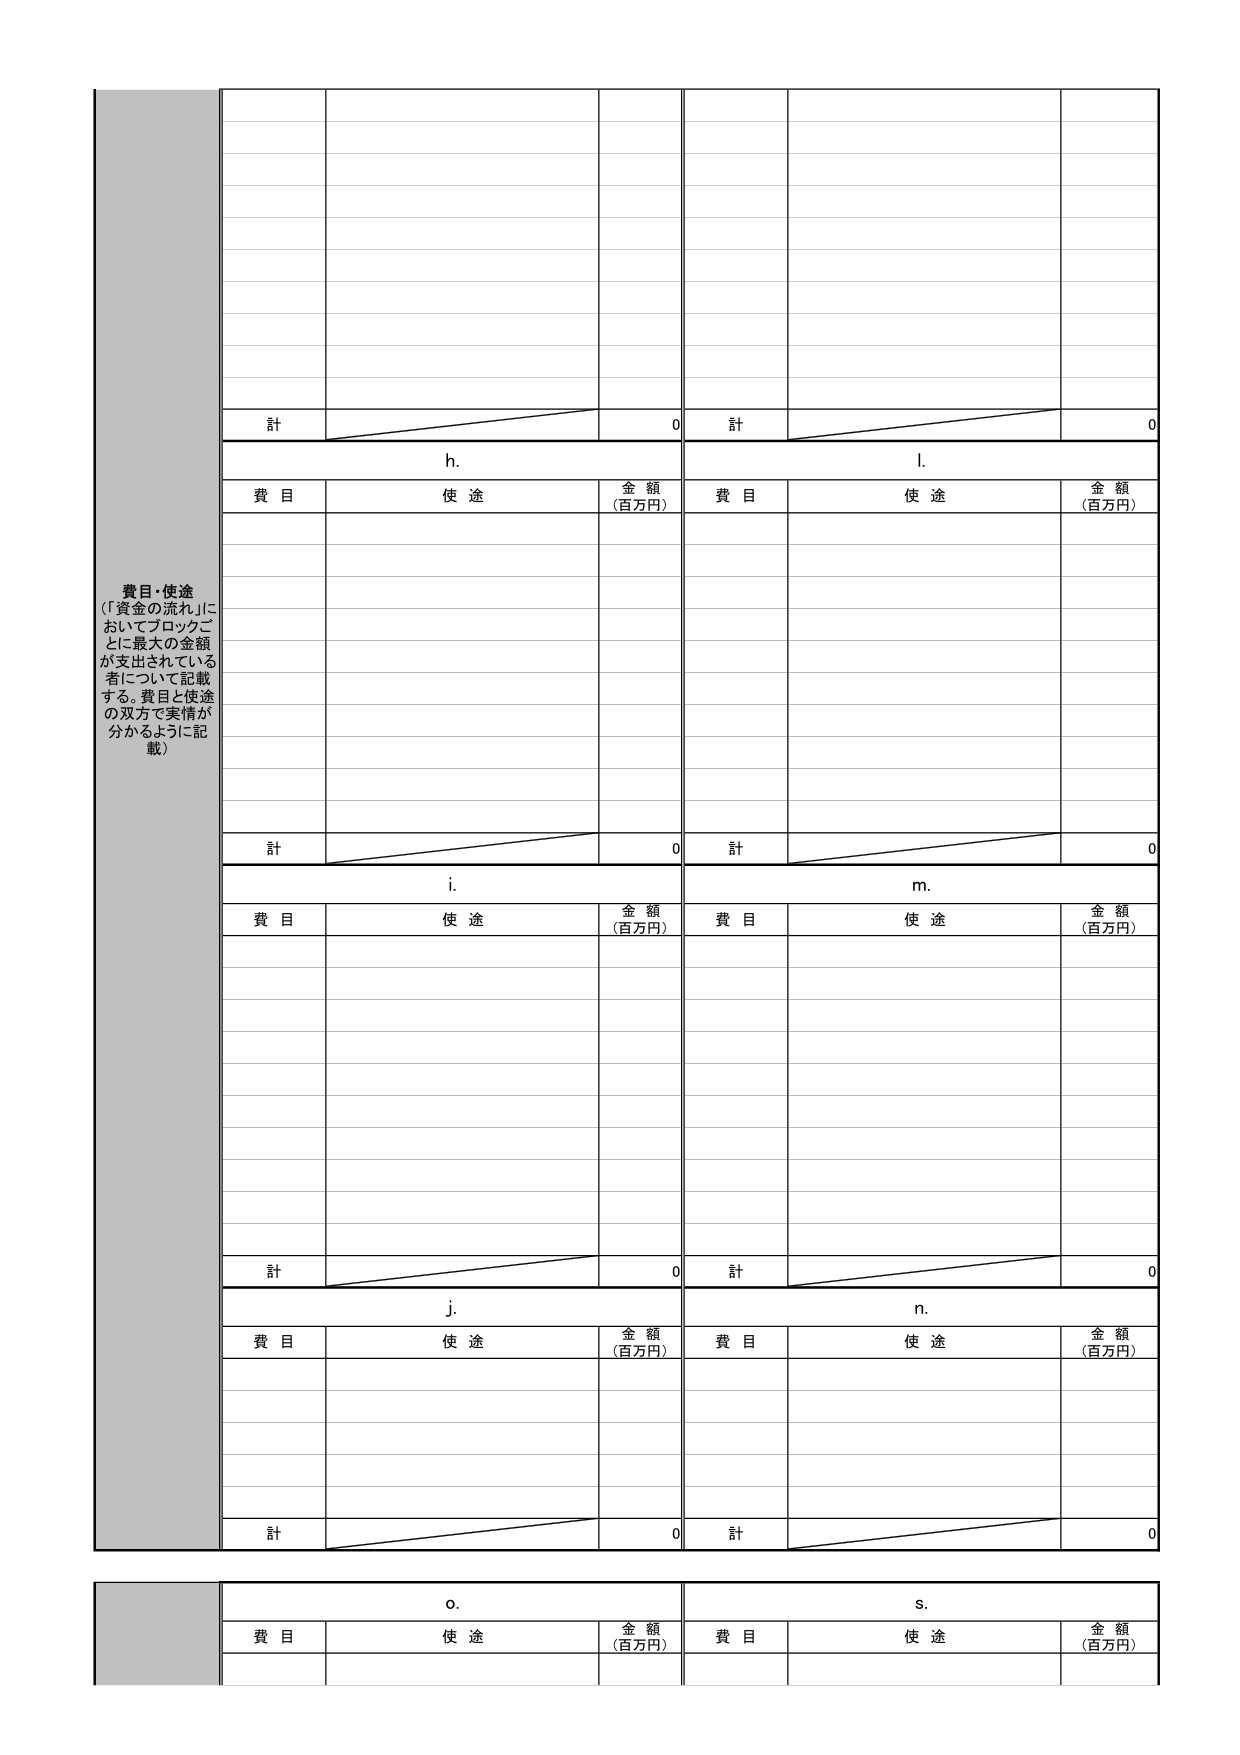
費目・使途
（「資金の流れ」においてブロックごとに最大の金額が支出されている者について記載する。費目と使途の双方で実情が分かるように記載）

計 0
h.
費目 使途 金額（百万円）

計 0
l.
費目 使途 金額（百万円）

計 0
i.
費目 使途 金額（百万円）

計 0
m.
費目 使途 金額（百万円）

計 0
j.
費目 使途 金額（百万円）

計 0
n.
費目 使途 金額（百万円）

o.
費目 使途 金額（百万円）

s.
費目 使途 金額（百万円）